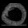
Digit: ၀